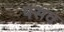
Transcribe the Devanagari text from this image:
पसव